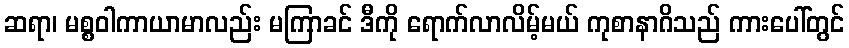
ဆရာ၊ မစ္စဝါကာယာမာလည်း မကြာခင် ဒီကို ရောက်လာလိမ့်မယ် ကုစာနာဂိသည် ကားပေါ်တွင်